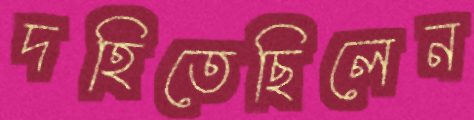
দহিতেছিলেন